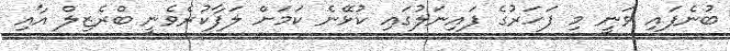
ބުނެފައި ވަނީ މި ފަހަރުގެ ފައިނަލުގައި ކުޅޭނެ ކަމަށް ލަފާކުރެވެނީ ބްރެޒިލް އާއި